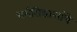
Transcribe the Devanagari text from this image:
धर्मसिद्धान्तांचे